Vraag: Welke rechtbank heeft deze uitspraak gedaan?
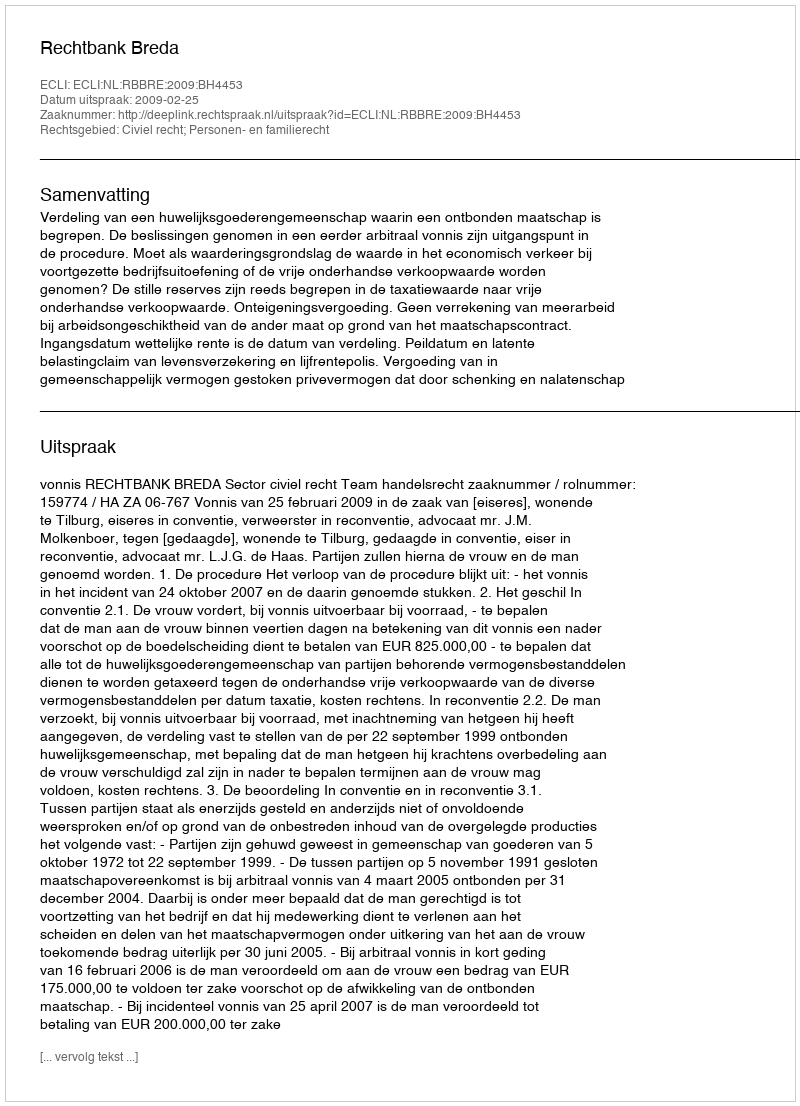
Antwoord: Rechtbank Breda